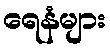
ရေနံများ